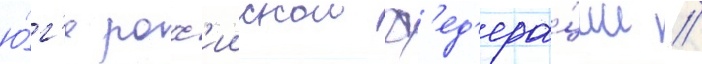
ю́г'е росс'иискои ф'ед'ера́ции //